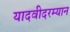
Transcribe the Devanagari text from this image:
यादवीदरम्यान